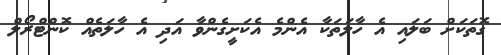
ގޮތަކަށް ބަލައި އެ ހާލަތަކާ އެންމެ އެކަށީގެންވާ އަދި އެ ހާލަތެއް ކޮންޓްރޯލް